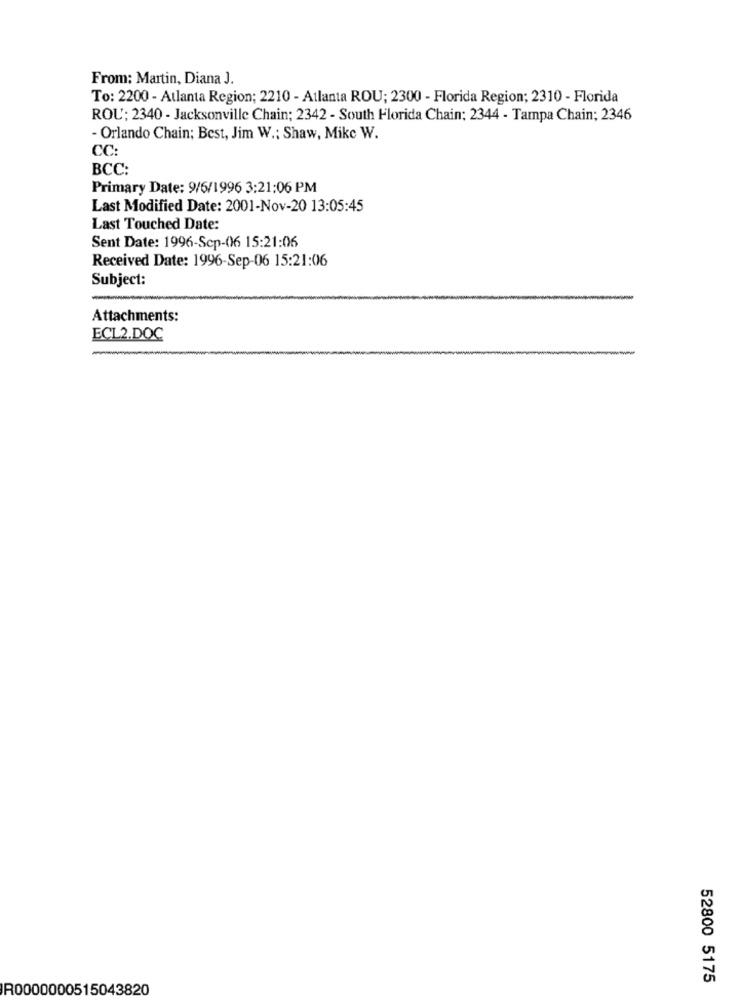
From: Martin, Diana J.
To: 2200 - Atlanta Region; 2210 - Atlanta ROU; 2300 - Florida Region; 2310 - Florida
ROU; 2340 - Jacksonville Chain; 2342 - South Florida Chain: 2344 - Tampa Chain; 2346
- Orlando Chain; Best, Jim W .: Shaw, Mike W.
CC:
BCC:
Primary Date: 9/6/1996 3:21:06 PM
Last Modified Date: 2001-Nov-20 13:05:45
Last Touched Date:
Sent Date: 1996-Scp-06 15:21:06
Received Date: 1996-Sep-06 15:21:06
Subject:
Attachments:
ECL2.DOC
52800 5175
R0000000515043820